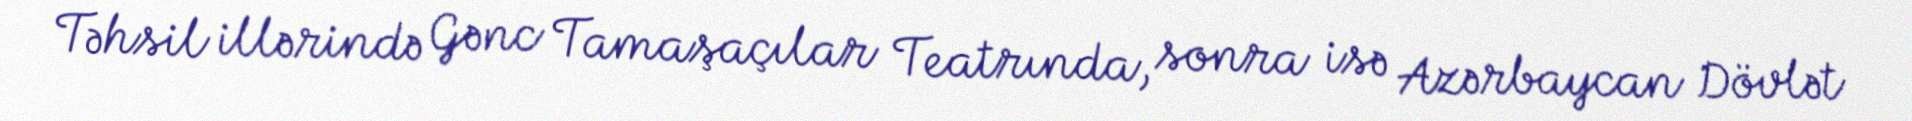
Təhsil illərində Gənc Tamaşaçılar Teatrında, sonra isə Azərbaycan Dövlət